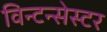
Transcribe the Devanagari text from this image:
विन्टन्सेस्टर